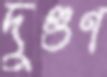
দুগুণ